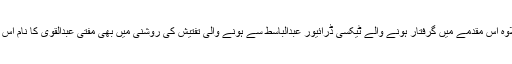
اہلکار کے مطابق اس کے علاوہ اس مقدمے میں گرفتار ہونے والے ٹیکسی ڈرائیور عبدالباسط سے ہونے والی تفتیش کی روشنی میں بھی مفتی عبدالقوی کا نام اس مقدمے میں شامل کیا گیا ہے۔